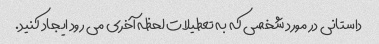
داستانی در مورد شخصی که به تعطیلات لحظه آخری می رود ایجاد کنید.